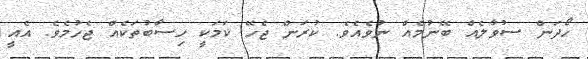
ހޯދަން ސުވާލެއް ބޭނުމެއް ނުވެއެވެ. ކުރަން ޖެހޭ ކަމަކީ ހިސާބުތަކެއް ޖެހުމެވެ. އެއީ